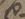
日